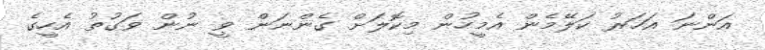
އަންނަ އަހަރު ކަލޭމެން އެމީހުން މިކޮލަށް ގެންނަން ވީ ނުން ވަގުތު އެހީގެ